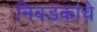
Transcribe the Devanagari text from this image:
निवडकांचे